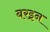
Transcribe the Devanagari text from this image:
बरइन